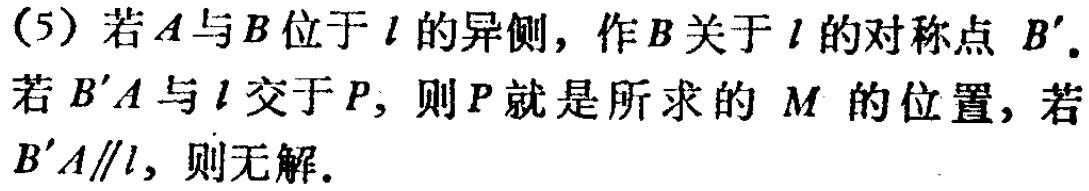
(5) 若\(A\)与\(B\)位于\(l\)的异侧，作\(B\)关于\(l\)的对称点 \(B'\)。若\(B'A\)与\(l\)交于\(P\)，则\(P\)就是所求的 \(M\) 的位置，若\(B'A\parallel l\)，则无解。